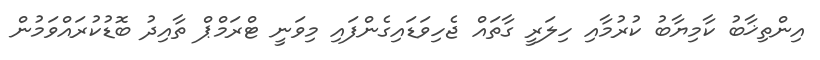
އިންތިޚާބު ކާމިޔާބު ކުރުމާއި ހިލަރީ ގާތައް ޖެހިވަޑައިގެންފައި މިވަނީ ޓްރަމްޕް ތާއިދު ބޮޑުކުރައްވަމުން